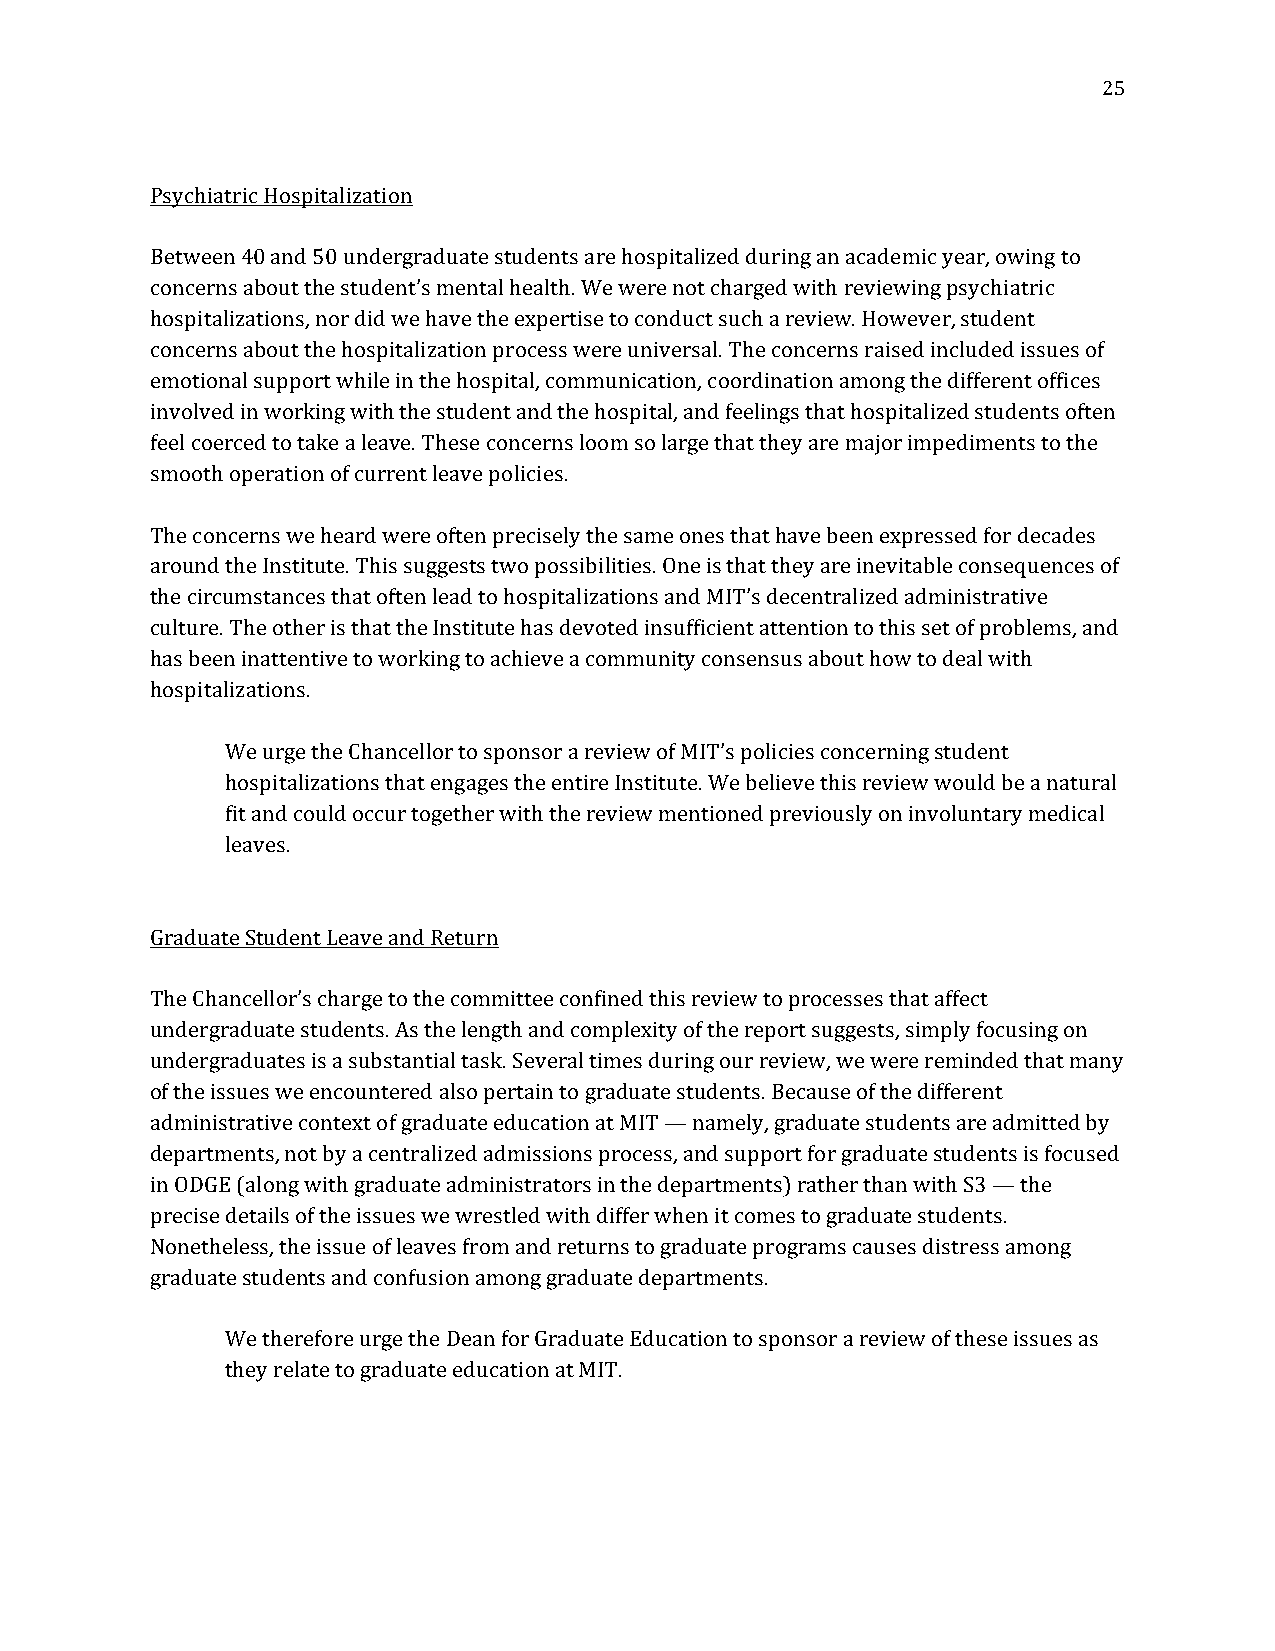
25
 Psychiatric Hospitalization
 Between 40 and 50 undergraduate students are hospitalized during an academic year, owing to
 concerns about the student’s mental health. We were not charged with reviewing psychiatric
 hospitalizations, nor did we have the expertise to conduct such a review. However, student
 concerns about the hospitalization process were universal. The concerns raised included issues of
 emotional support while in the hospital, communication, coordination among the different offices
 involved in working with the student and the hospital, and feelings that hospitalized students often
 feel coerced to take a leave. These concerns loom so large that they are major impediments to the
 smooth operation of current leave policies.
 The concerns we heard were often precisely the same ones that have been expressed for decades
 around the Institute. This suggests two possibilities. One is that they are inevitable consequences of
 the circumstances that often lead to hospitalizations and MIT’s decentralized administrative
 culture. The other is that the Institute has devoted insufficient attention to this set of problems, and
 has been inattentive to working to achieve a community consensus about how to deal with
 hospitalizations.
 We urge the Chancellor to sponsor a review of MIT’s policies concerning student
 hospitalizations that engages the entire Institute. We believe this review would be a natural
 fit and could occur together with the review mentioned previously on involuntary medical
 leaves.
 Graduate Student Leave and Return
 The Chancellor’s charge to the committee confined this review to processes that affect
 undergraduate students. As the length and complexity of the report suggests, simply focusing on
 undergraduates is a substantial task. Several times during our review, we were reminded that many
 of the issues we encountered also pertain to graduate students. Because of the different
 administrative context of graduate education at MIT — namely, graduate students are admitted by
 departments, not by a centralized admissions process, and support for graduate students is focused
 in ODGE (along with graduate administrators in the departments) rather than with S3 — the
 precise details of the issues we wrestled with differ when it comes to graduate students.
 Nonetheless, the issue of leaves from and returns to graduate programs causes distress among
 graduate students and confusion among graduate departments.
 We therefore urge the Dean for Graduate Education to sponsor a review of these issues as
 they relate to graduate education at MIT.